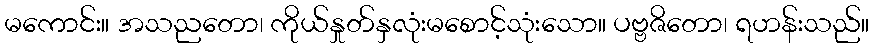
မကောင်း။ အသညတော၊ ကိုယ်နှုတ်နှလုံးမစောင့်သုံးသော။ ပဗ္ဗဇိတော၊ ရဟန်းသည်။